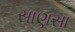
સાણસા